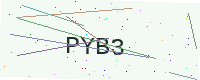
Text: PYB3